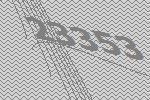
23353